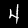
Digit: 4